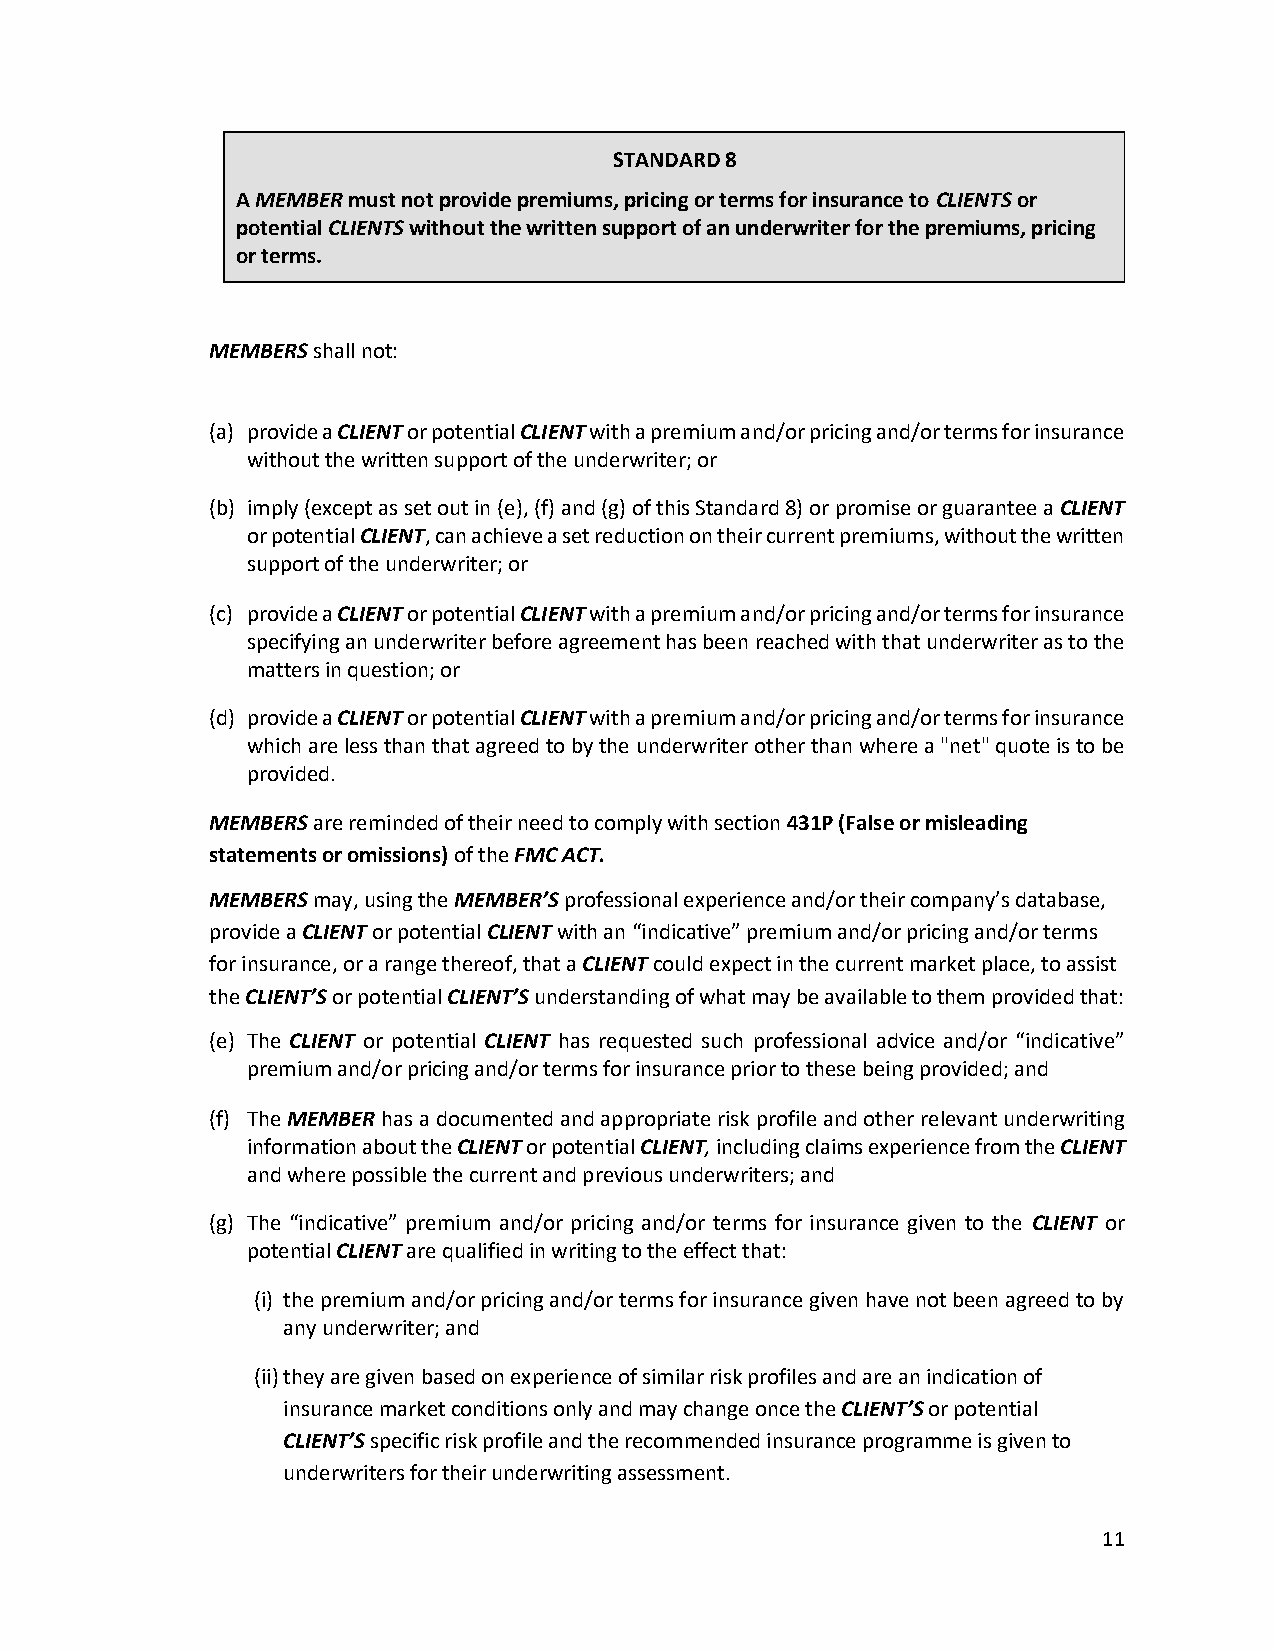
STANDARD 8
 A MEMBER must not provide premiums, pricing or terms for insurance to CLIENTS or
 potential CLIENTS without the written support of an underwriter for the premiums, pricing
 or terms.
 MEMBERS shall not:
 (a) provide a CLIENT or potential CLIENT with a premium and/or pricing and/or terms for insurance
 without the written support of the underwriter; or
 (b) imply (except as set out in (e), (f) and (g) of this Standard 8) or promise or guarantee a CLIENT
 or potential CLIENT, can achieve a set reduction on their current premiums, without the written
 support of the underwriter; or
 (c) provide a CLIENT or potential CLIENT with a premium and/or pricing and/or terms for insurance
 specifying an underwriter before agreement has been reached with that underwriter as to the
 matters in question; or
 (d) provide a CLIENT or potential CLIENT with a premium and/or pricing and/or terms for insurance
 which are less than that agreed to by the underwriter other than where a "net" quote is to be
 provided.
 MEMBERS are reminded of their need to comply with section 431P (False or misleading
 statements or omissions) of the FMC ACT.
 MEMBERS may, using the MEMBER’S professional experience and/or their company’s database,
 provide a CLIENT or potential CLIENT with an “indicative” premium and/or pricing and/or terms
 for insurance, or a range thereof, that a CLIENT could expect in the current market place, to assist
 the CLIENT’S or potential CLIENT’S understanding of what may be available to them provided that:
 (e) The CLIENT or potential CLIENT has requested such professional advice and/or “indicative”
 premium and/or pricing and/or terms for insurance prior to these being provided; and
 (f) The MEMBER has a documented and appropriate risk profile and other relevant underwriting
 information about the CLIENT or potential CLIENT, including claims experience from the CLIENT
 and where possible the current and previous underwriters; and
 (g) The “indicative” premium and/or pricing and/or terms for insurance given to the CLIENT or
 potential CLIENT are qualified in writing to the effect that:
 (i) the premium and/or pricing and/or terms for insurance given have not been agreed to by
 any underwriter; and
 (ii) they are given based on experience of similar risk profiles and are an indication of
 insurance market conditions only and may change once the CLIENT’S or potential
 CLIENT’S specific risk profile and the recommended insurance programme is given to
 underwriters for their underwriting assessment.
 11